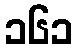
၁၆၁